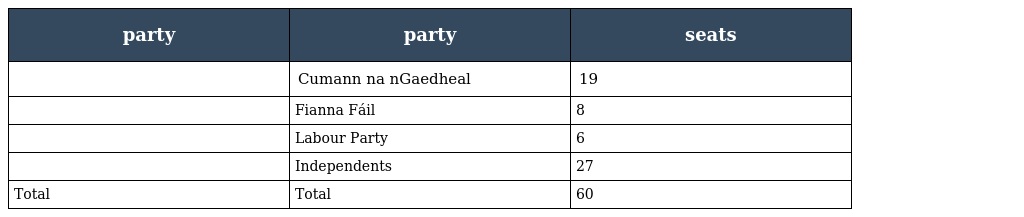
| party | party | seats |
 | --- | --- | --- |
 |  | Cumann na nGaedheal | 19 |
 |  | Fianna Fáil | 8 |
 |  | Labour Party | 6 |
 |  | Independents | 27 |
 | Total | Total | 60 |